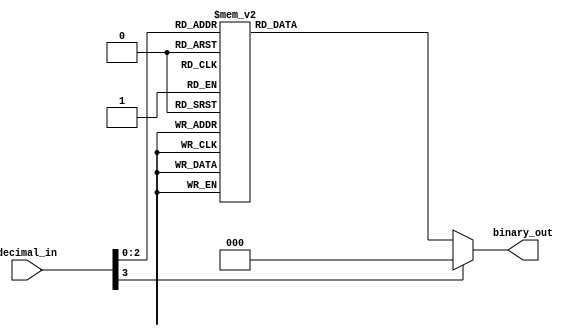
module decimal_priority_encoder(
    input [3:0] decimal_in,
    output reg [2:0] binary_out
);

always @(*) begin
    case(decimal_in)
        4'b0000: binary_out = 3'b000; //Priority 0
        4'b0001: binary_out = 3'b001; //Priority 1
        4'b0010: binary_out = 3'b010; //Priority 2
        4'b0011: binary_out = 3'b011; //Priority 3
        4'b0100: binary_out = 3'b100; //Priority 4
        4'b0101: binary_out = 3'b101; //Priority 5
        4'b0110: binary_out = 3'b110; //Priority 6
        4'b0111: binary_out = 3'b111; //Priority 7
        default: binary_out = 3'b000; //Default case
    endcase
end

endmodule